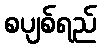
စပျစ်ရည်